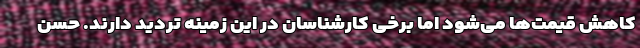
کاهش قیمت‌ها می‌شود اما برخی کارشناسان در این زمینه تردید دارند. حسن